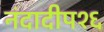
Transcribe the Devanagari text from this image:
नंदादीप१६